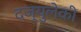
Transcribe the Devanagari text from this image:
दज्युलेकी